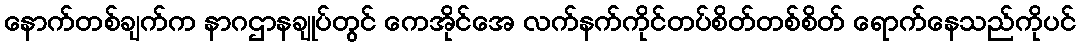
နောက်တစ်ချက်က နာဂဌာနချုပ်တွင် ကေအိုင်အေ လက်နက်ကိုင်တပ်စိတ်တစ်စိတ် ရောက်နေသည်ကိုပင်